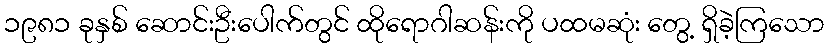
၁၉၈၁ ခုနှစ် ဆောင်းဦးပေါက်တွင် ထိုရောဂါဆန်းကို ပထမဆုံး တွေ့ ရှိခဲ့ကြသော